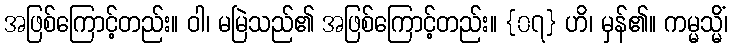
အဖြစ်ကြောင့်တည်း။ ဝါ၊ မမြဲသည်၏ အဖြစ်ကြောင့်တည်း။ {၀၇} ဟိ၊ မှန်၏။ ကမ္မသ္မိံ၊